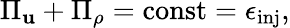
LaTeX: \Pi_{\mathbf{u}}+\Pi_{\rho}=\mathrm{{const}}=\epsilon_{\mathrm{{inj}}},